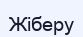
Жіберу